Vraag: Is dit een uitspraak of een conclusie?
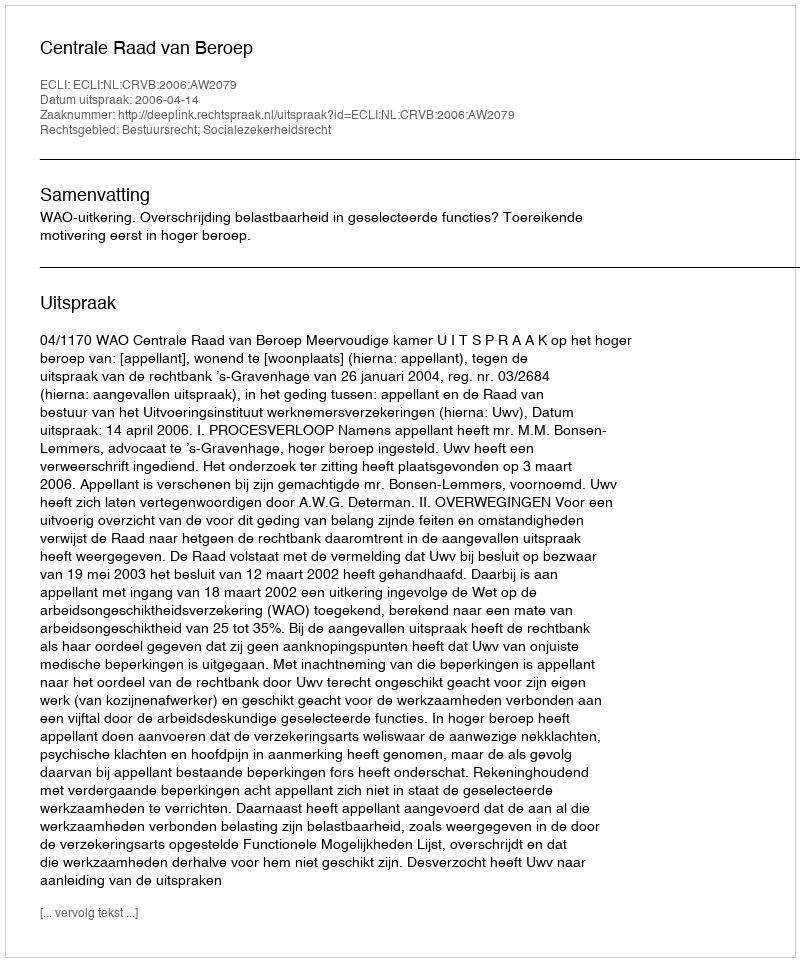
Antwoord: Uitspraak